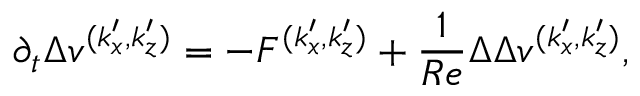
\partial _ { t } \Delta v ^ { ( k _ { x } ^ { \prime } , k _ { z } ^ { \prime } ) } = - F ^ { ( k _ { x } ^ { \prime } , k _ { z } ^ { \prime } ) } + \frac { 1 } { R e } \Delta \Delta v ^ { ( k _ { x } ^ { \prime } , k _ { z } ^ { \prime } ) } ,